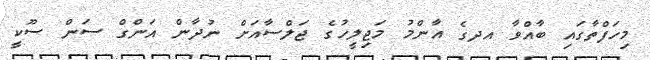
މިހަފްތާގައި ބާއްވާ އދގެ އާންމު މަޖިލީހުގެ ޖަލްސާއަށް ނުދާން އަންގް ސަން ސޫކީ